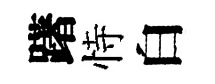
躇恃白